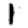
Digit: 1